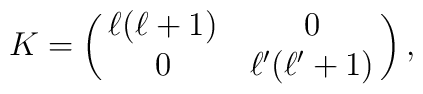
K=\pmatrix{\ell(\ell+1) & 0 \cr 0 & \ell^\prime(\ell^\prime+1)},